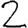
Digit: 2